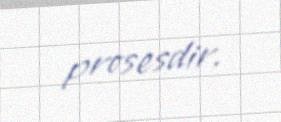
prosesdir.